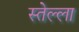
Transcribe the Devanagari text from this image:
स्तेल्ला